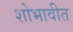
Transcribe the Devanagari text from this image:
शोभावीत